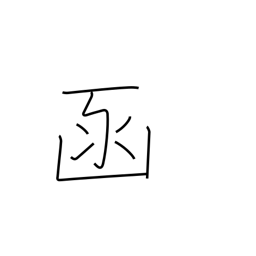
Meaning: box (archaic)